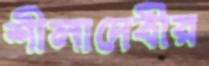
শীলাদেবীর